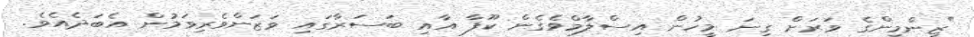
"ޒިންމީންގެ ވަރަށް ގިނަ މީހުން އިސްލާމްވެގެން ކޫފާ އާއި ބަސަރާގައި ވަޒަންވެރިވަމުން އެބަދެއެވެ.